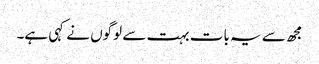
مجھ سے یہ بات بہت سے لوگوں نے کہی ہے۔